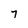
Character: 7